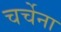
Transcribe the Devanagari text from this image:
चर्चेना